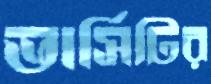
ভার্সিটির